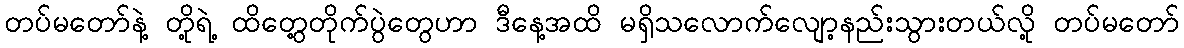
တပ်မတော်နဲ့ တို့ရဲ့ ထိတွေ့တိုက်ပွဲတွေဟာ ဒီနေ့အထိ မရှိသလောက်လျော့နည်းသွားတယ်လို့ တပ်မတော်